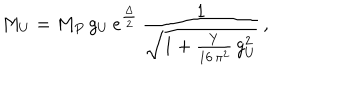
LaTeX: M _ { U } = M _ { P } \, g _ { U } \, e ^ { \frac { \Delta } { 2 } } \, \frac { 1 } { \sqrt { 1 + \frac { Y } { 1 6 \, \pi ^ { 2 } } \, g _ { U } ^ { 2 } } } \, ,